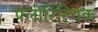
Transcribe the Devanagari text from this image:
फ्लोरिस्चिक